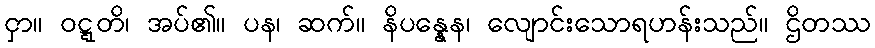
ငှာ။ ဝဋ္ဋတိ၊ အပ်၏။ ပန၊ ဆက်။ နိပန္နေန၊ လျောင်းသောရဟန်းသည်။ ဌိတဿ